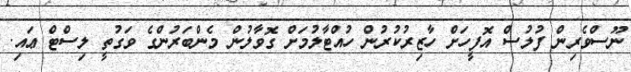
ނޫސްވެރިން ފުލުސް އޮފީހަށް ހާޒިރުކުރުން ހުއްޓާލުމަށް ގޮވާލުން މެންބަރުންގެ ވަގުތީ ލިސްޓް ޢައި.